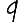
Digit: 9